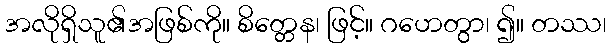
အလိုရှိသူ၏အဖြစ်ကို။ စိတ္တေန၊ ဖြင့်။ ဂဟေတွာ၊ ၍။ တဿ၊